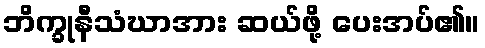
ဘိက္ခုနီသံဃာအား ဆယ်ဖို့ ပေးအပ်၏။